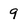
Character: 9